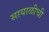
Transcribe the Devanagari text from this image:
सायाळीची